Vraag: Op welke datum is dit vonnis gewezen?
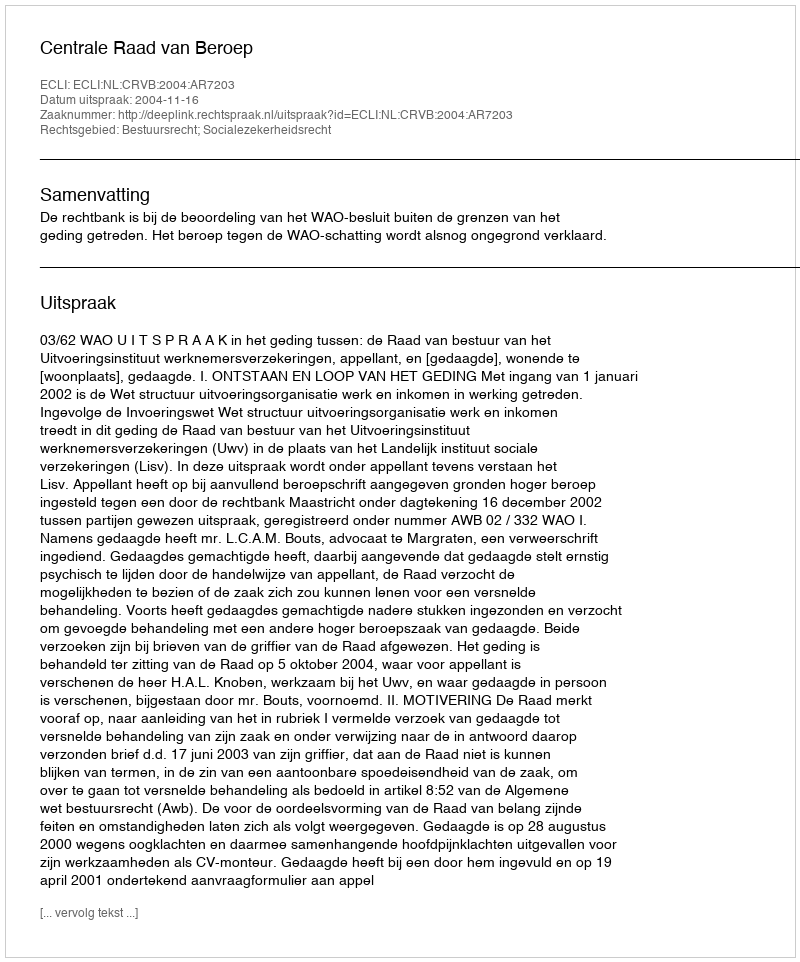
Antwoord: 2004-11-16